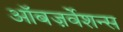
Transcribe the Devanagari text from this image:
ऑबज़र्वेशन्स